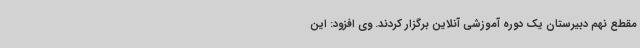
مقطع نهم دبیرستان یک دوره آموزشی آنلاین برگزار کردند. وی افزود: این